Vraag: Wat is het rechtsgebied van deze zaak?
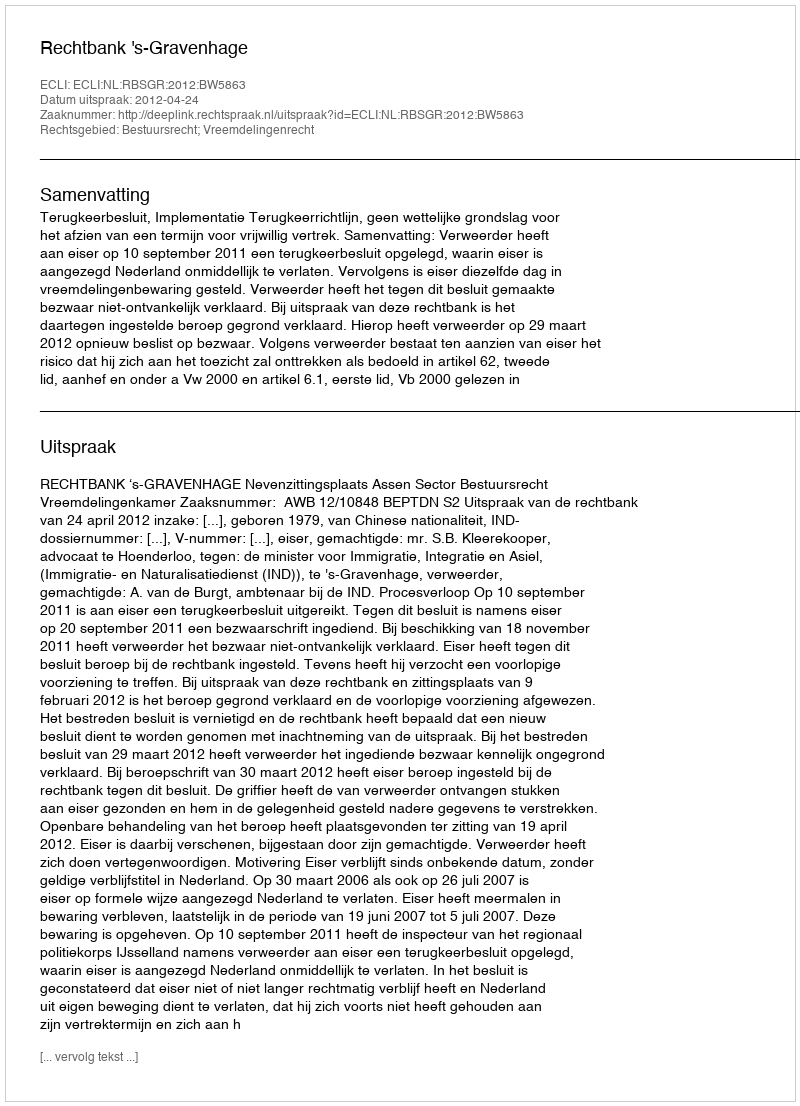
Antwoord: Bestuursrecht; Vreemdelingenrecht